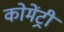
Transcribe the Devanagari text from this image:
कोमेंट्री